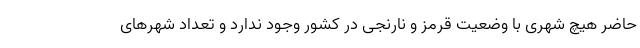
حاضر هیچ شهری با وضعیت قرمز و نارنجی در کشور وجود ندارد و تعداد شهرهای